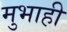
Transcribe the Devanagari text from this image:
मुभाही